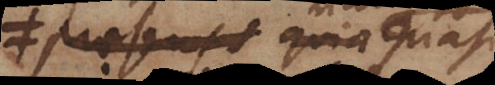
praesentis quia quasi